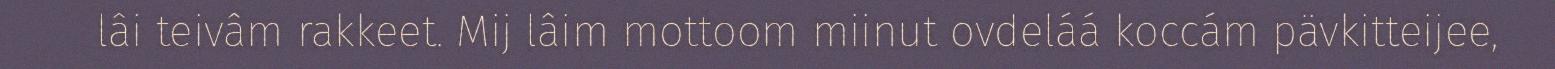
lâi teivâm rakkeet. Mij lâim mottoom miinut ovdeláá koccám pävkitteijee,